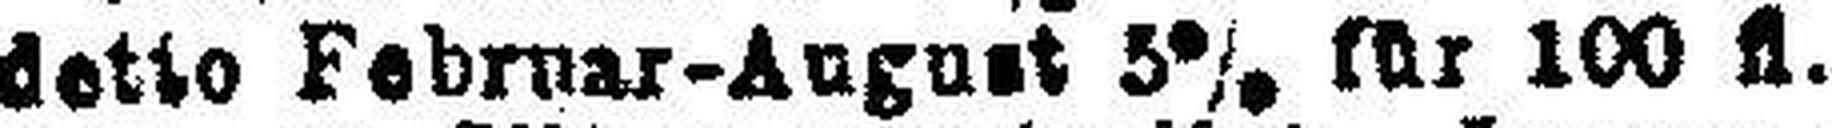
detto Februar-August 5% für 100 fl.